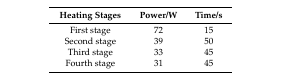
<table><thead><tr><td><b>Heating Stages</b></td><td><b>Power/W</b></td><td><b>Time/s</b></td></tr></thead><tbody><tr><td>First stage</td><td>72</td><td>15</td></tr><tr><td>Second stage</td><td>39</td><td>50</td></tr><tr><td>Third stage</td><td>33</td><td>45</td></tr><tr><td>Fourth stage</td><td>31</td><td>45</td></tr></tbody></table>